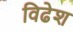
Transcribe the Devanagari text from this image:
विढेश